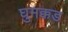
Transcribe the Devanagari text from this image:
घुमक्कड